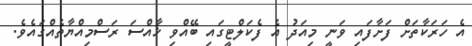
އެ ހަރަކާތަށް ފަށާފައި ވަނީ މިއަދު އެ ފެކަލްޓީގައި ބޭއްވި ޚާއްސަ ރަސްމިއްޔާތެއްގައެވެ.